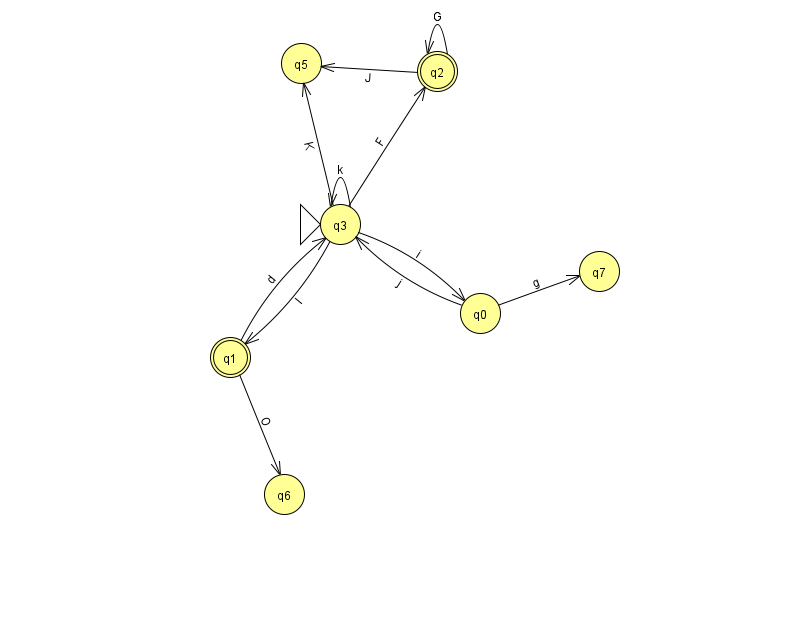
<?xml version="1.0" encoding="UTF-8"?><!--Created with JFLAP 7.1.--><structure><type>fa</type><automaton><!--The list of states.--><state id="0" name="q0"><x>480.0</x><y>300.0</y></state><state id="1" name="q1"><x>230.0</x><y>344.0</y><final/></state><state id="2" name="q2"><x>437.0</x><y>58.0</y><final/></state><state id="3" name="q3"><x>340.0</x><y>211.0</y><initial/></state><state id="5" name="q5"><x>301.0</x><y>50.0</y></state><state id="6" name="q6"><x>284.0</x><y>481.0</y></state><state id="7" name="q7"><x>599.0</x><y>258.0</y></state><!--The list of transitions.--><transition><from>1</from><to>3</to><read>d</read></transition><transition><from>3</from><to>5</to><read>K</read></transition><transition><from>1</from><to>6</to><read>O</read></transition><transition><from>2</from><to>2</to><read>G</read></transition><transition><from>0</from><to>3</to><read>j</read></transition><transition><from>2</from><to>5</to><read>J</read></transition><transition><from>3</from><to>0</to><read>i</read></transition><transition><from>0</from><to>7</to><read>g</read></transition><transition><from>3</from><to>3</to><read>k</read></transition><transition><from>3</from><to>2</to><read>F</read></transition><transition><from>3</from><to>1</to><read>I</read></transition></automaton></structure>